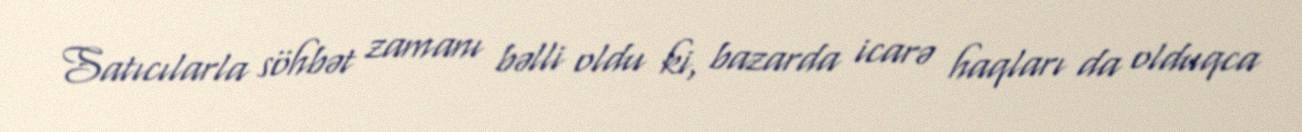
Satıcılarla söhbət zamanı bəlli oldu ki, bazarda icarə haqları da olduqca